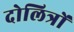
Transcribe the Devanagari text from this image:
दोलित्रों